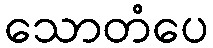
သောတံပေ